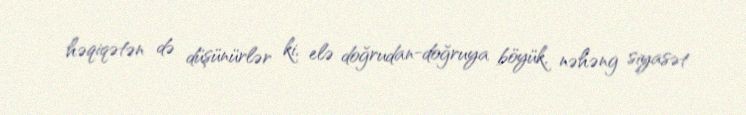
həqiqətən də düşünürlər ki, elə doğrudan-doğruya böyük, nəhəng siyasət